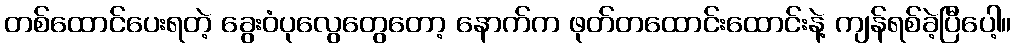
တစ်ထောင်ပေးရတဲ့ ခွေးဝံပုလွေတွေတော့ နောက်က ဖုတ်တထောင်းထောင်းနဲ့ ကျန်ရစ်ခဲ့ပြီပေါ့။